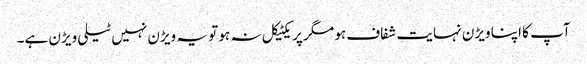
آپ کا اپنا ویڑن نہایت شفاف ہو مگر پریکٹیکل نہ ہو تو یہ ویڑن نہیں ٹیلی ویڑن ہے۔